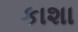
કાશા